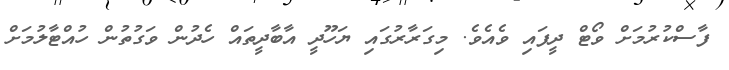
ފާސްކުރުމަށް ވޯޓް ދީފައި ވެއެވެ. މިގަރާރުގައި ޔަހޫދީ އާބާދީތައް ހެދުން ވަގުތުން ހުއްޓާލުމަށް